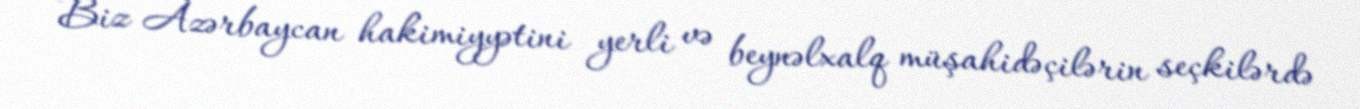
Biz Azərbaycan hakimiyyətini yerli və beynəlxalq müşahidəçilərin seçkilərdə